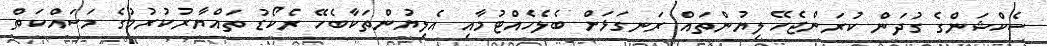
ސެކްޝަންގެ ގުދަން ކުރަންޖެހޭ ލިޔުންތައް ރަނގަޅަށް ބެލެހެއްޓުމާއި އެލިޔުންތަކާބެހޭ ރެކޯޑު ތައްޔާރުކުރުމުގެ މަސައްކަތް